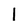
Character: 1